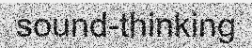
sound-thinking